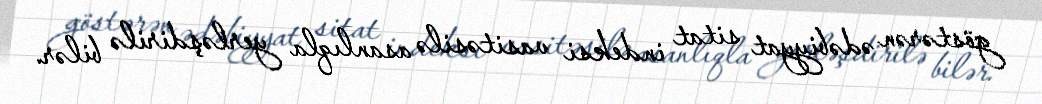
göstərən ədəbiyyat sitat indeksi vasitəsilə asanlıqla yerləşdirilə bilər.